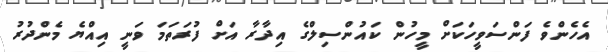
އެހެންވެ ފަންސަވީހަކަށް މީހުން ކައުންސިލްގެ އިދާރާ އަށް ފުރަތަމަ ވަނީ އިއްޔެ މެންދުރު